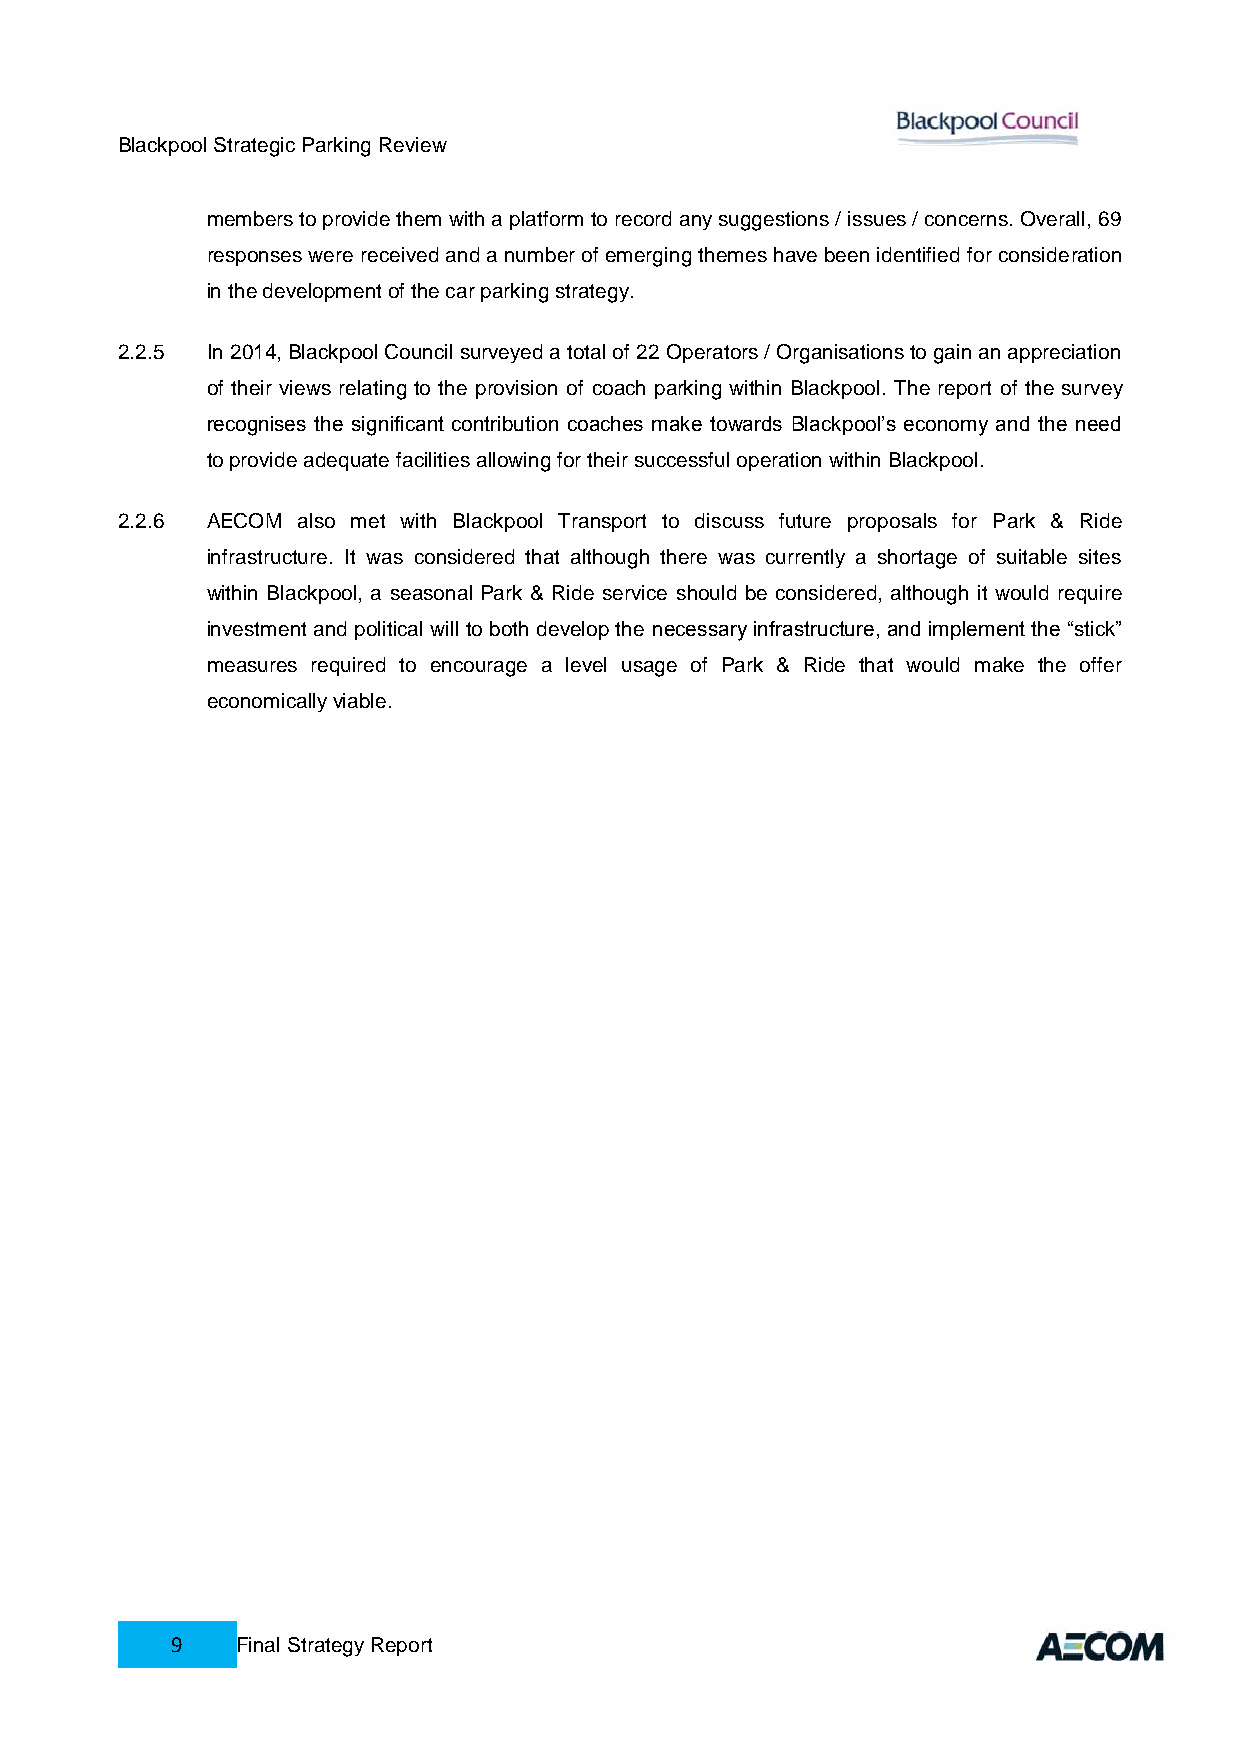
Blackpool Strategic Parking Review
 members to provide them with a platform to record any suggestions / issues / concerns. Overall, 69
 responses were received and a number of emerging themes have been identified for consideration
 in the development of the car parking strategy.
 2.2.5 In 2014, Blackpool Council surveyed a total of 22 Operators / Organisations to gain an appreciation
 of their views relating to the provision of coach parking within Blackpool. The report of the survey
 recognises the significant contribution coaches make towards Blackpool’s economy and the need
 to provide adequate facilities allowing for their successful operation within Blackpool.
 2.2.6 AECOM also met with Blackpool Transport to discuss future proposals for Park & Ride
 infrastructure. It was considered that although there was currently a shortage of suitable sites
 within Blackpool, a seasonal Park & Ride service should be considered, although it would require
 investment and political will to both develop the necessary infrastructure, and implement the “stick”
 measures required to encourage a level usage of Park & Ride that would make the offer
 economically viable.
 9    Final Strategy Report